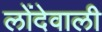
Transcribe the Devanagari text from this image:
लोंदेवाली